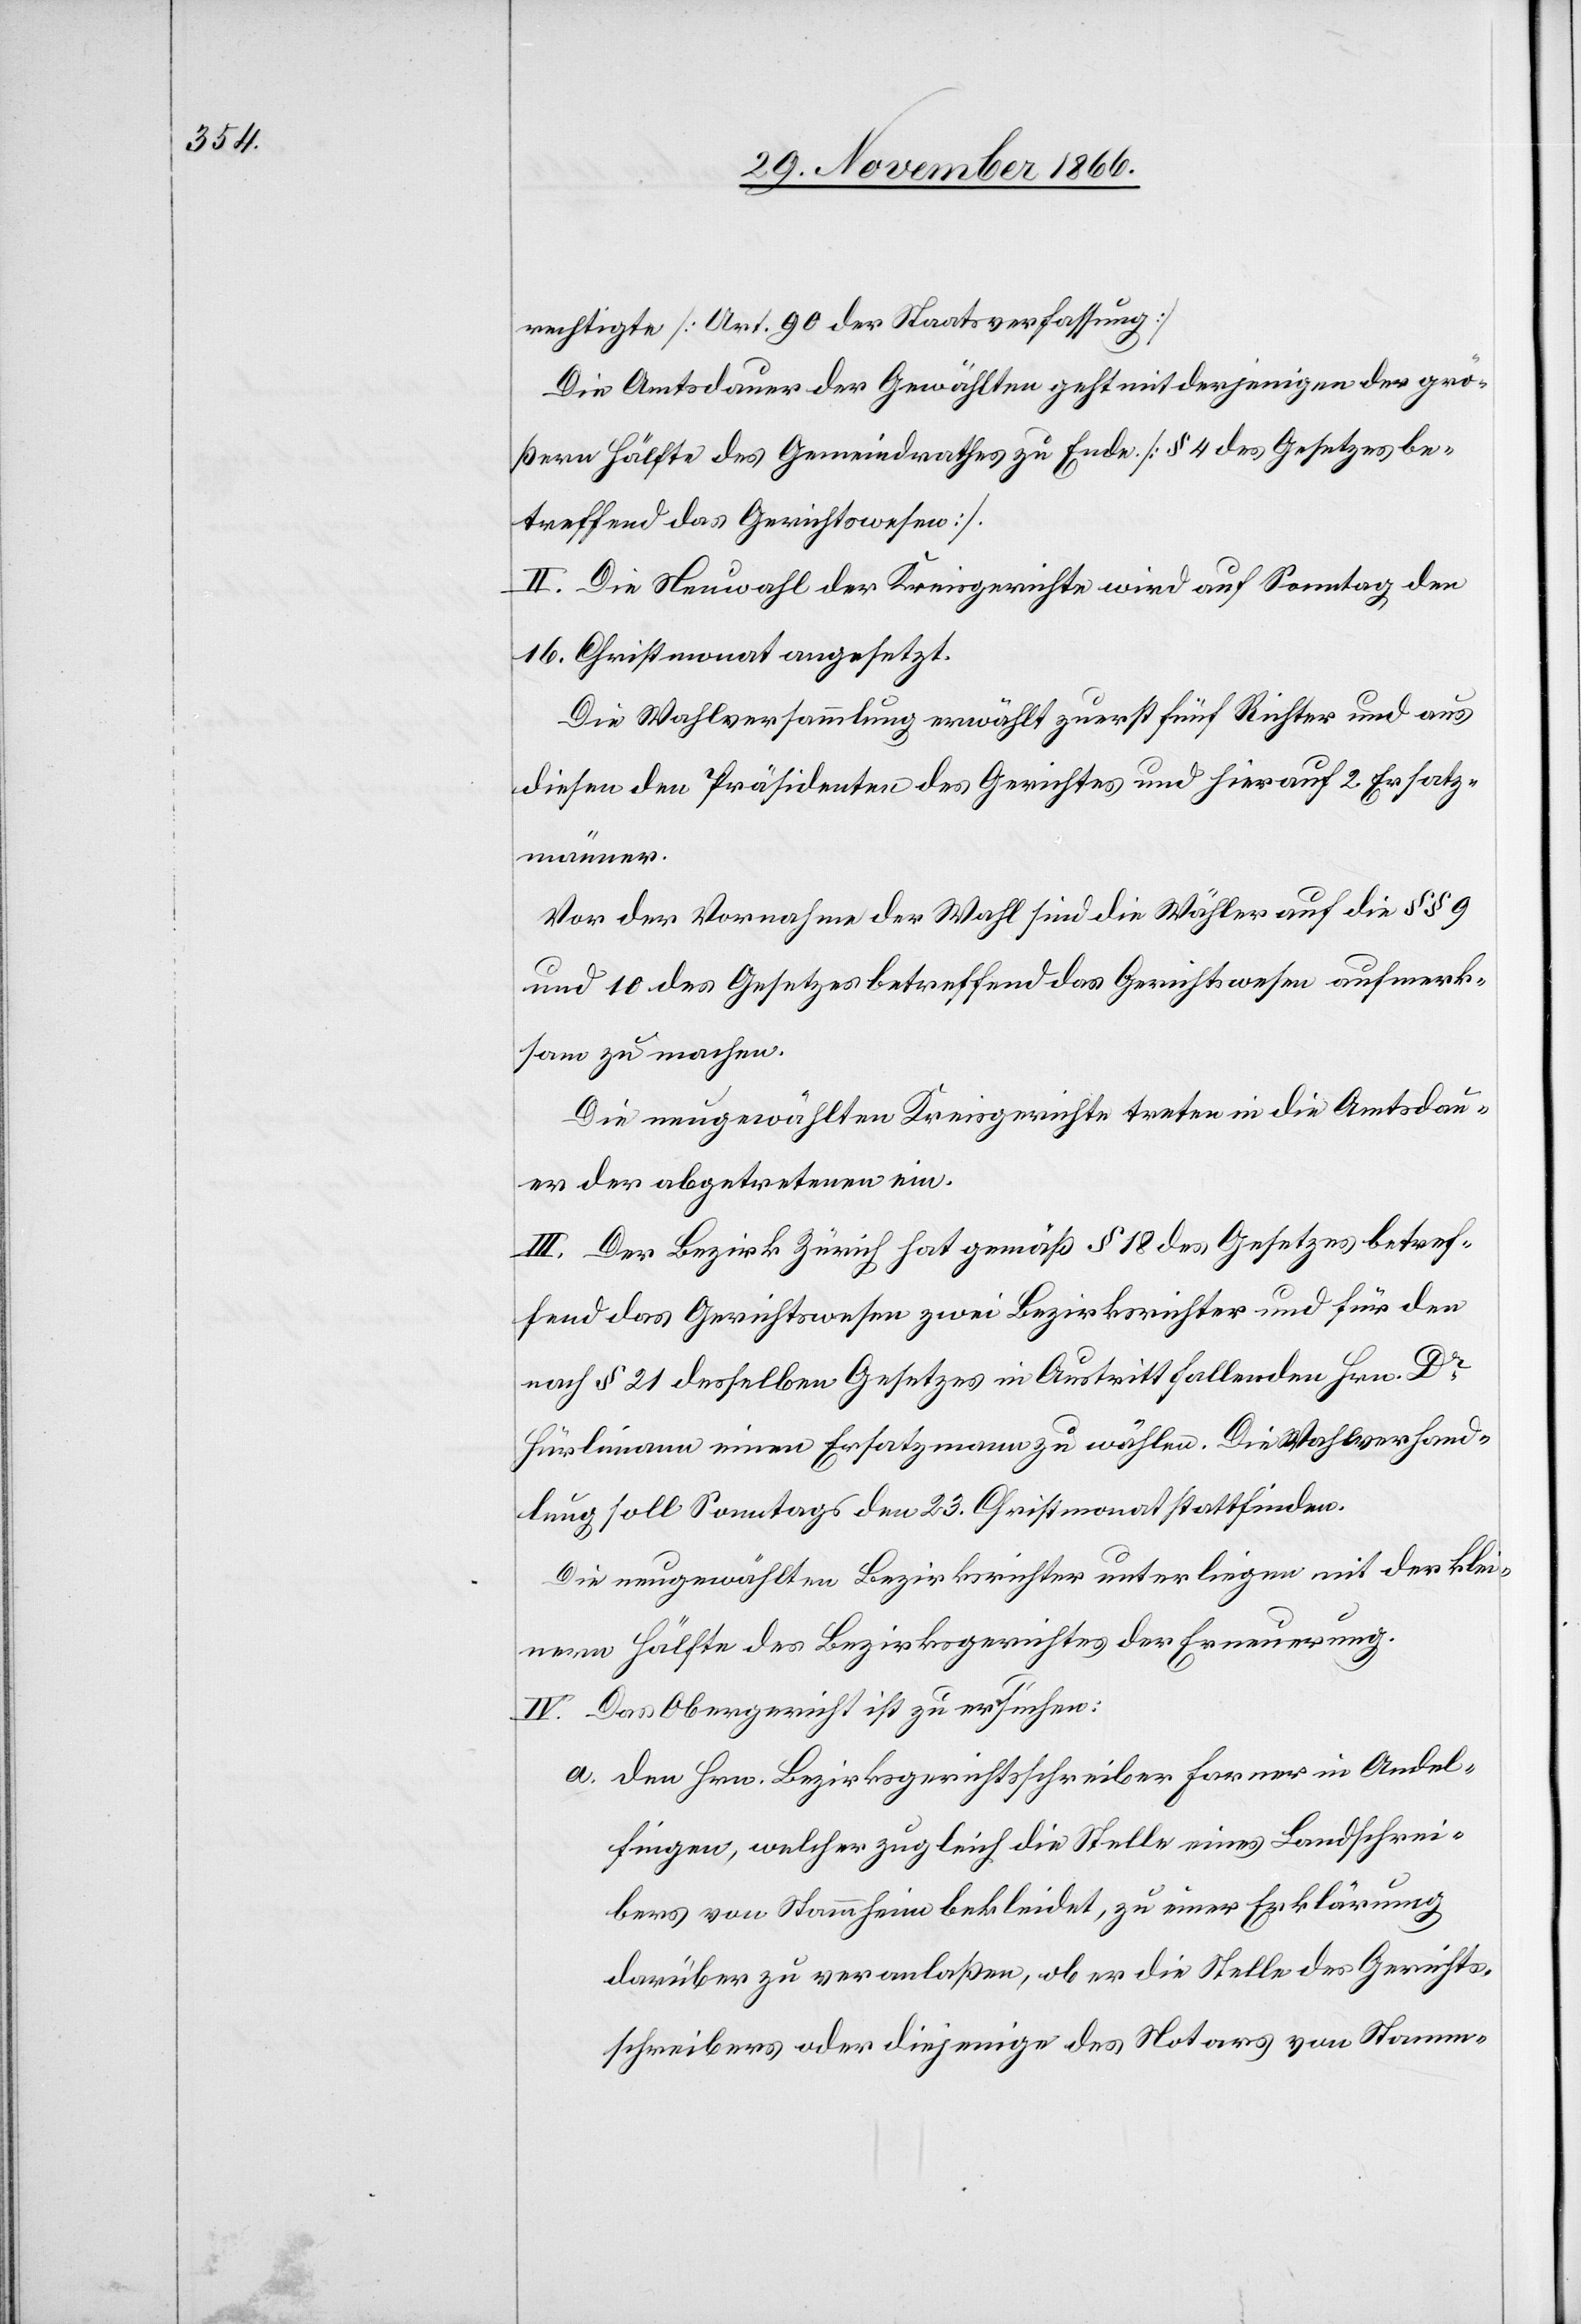
rechtigte [Art. 90 der Staatsverfassung].
Die Amtsdauer der Gewählten geht mit derjenigen der grö¬
ßern Hälfte des Gemeindrathes zu Ende [§ 4 des Gesetzes be¬
treffend das Gerichtswesen].
II. Die Neuwahl der Kreisgerichte wird auf Sonntag den
16. Christmonat angesetzt.
Die Wahlversammlung erwählt zuerst fünf Richter und aus
diesen den Präsidenten des Gerichtes und hierauf 2 Ersatz¬
männer.
Vor der Vornahme der Wahl sind die Wähler auf die § § 9
und 10 des Gesetzes betreffend das Gerichtswesen aufmerk¬
sam zu machen.
Die neugewählten Kreisgerichte treten in die Amtsdau¬
er der abgetretenen ein.
III. Der Bezirk Zürich hat gemäß § 18 des Gesetzes betref¬
fend das Gerichtswesen zwei Bezirksrichter und für den
nach § 21 desselben Gesetzes in Austritt fallenden Hrn. Dr.
Hürlimann einen Ersatzmann zu wählen. Die Wahlverhand¬
lung soll Sonntags den 23. Christmonat stattfinden.
Die neugewählten Bezirksrichter unterliegend mit der klei¬
nern Hälfte des Bezirksgerichtes der Erneuerung.
IV. Das Obergericht ist zu ersuchen:
a. den Hrn. Bezirksgerichtsschreiber Farner in Andel¬
fingen, welcher zugleich die Stelle eines Landschrei¬
bers von Stammheim bekleidet, zu einer Erklärung
darüber zu veranlaßen, ob er die Stelle des Gerichts¬
schreibers oder diejenige des Notars von Stamm-